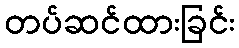
တပ်ဆင်ထားခြင်း